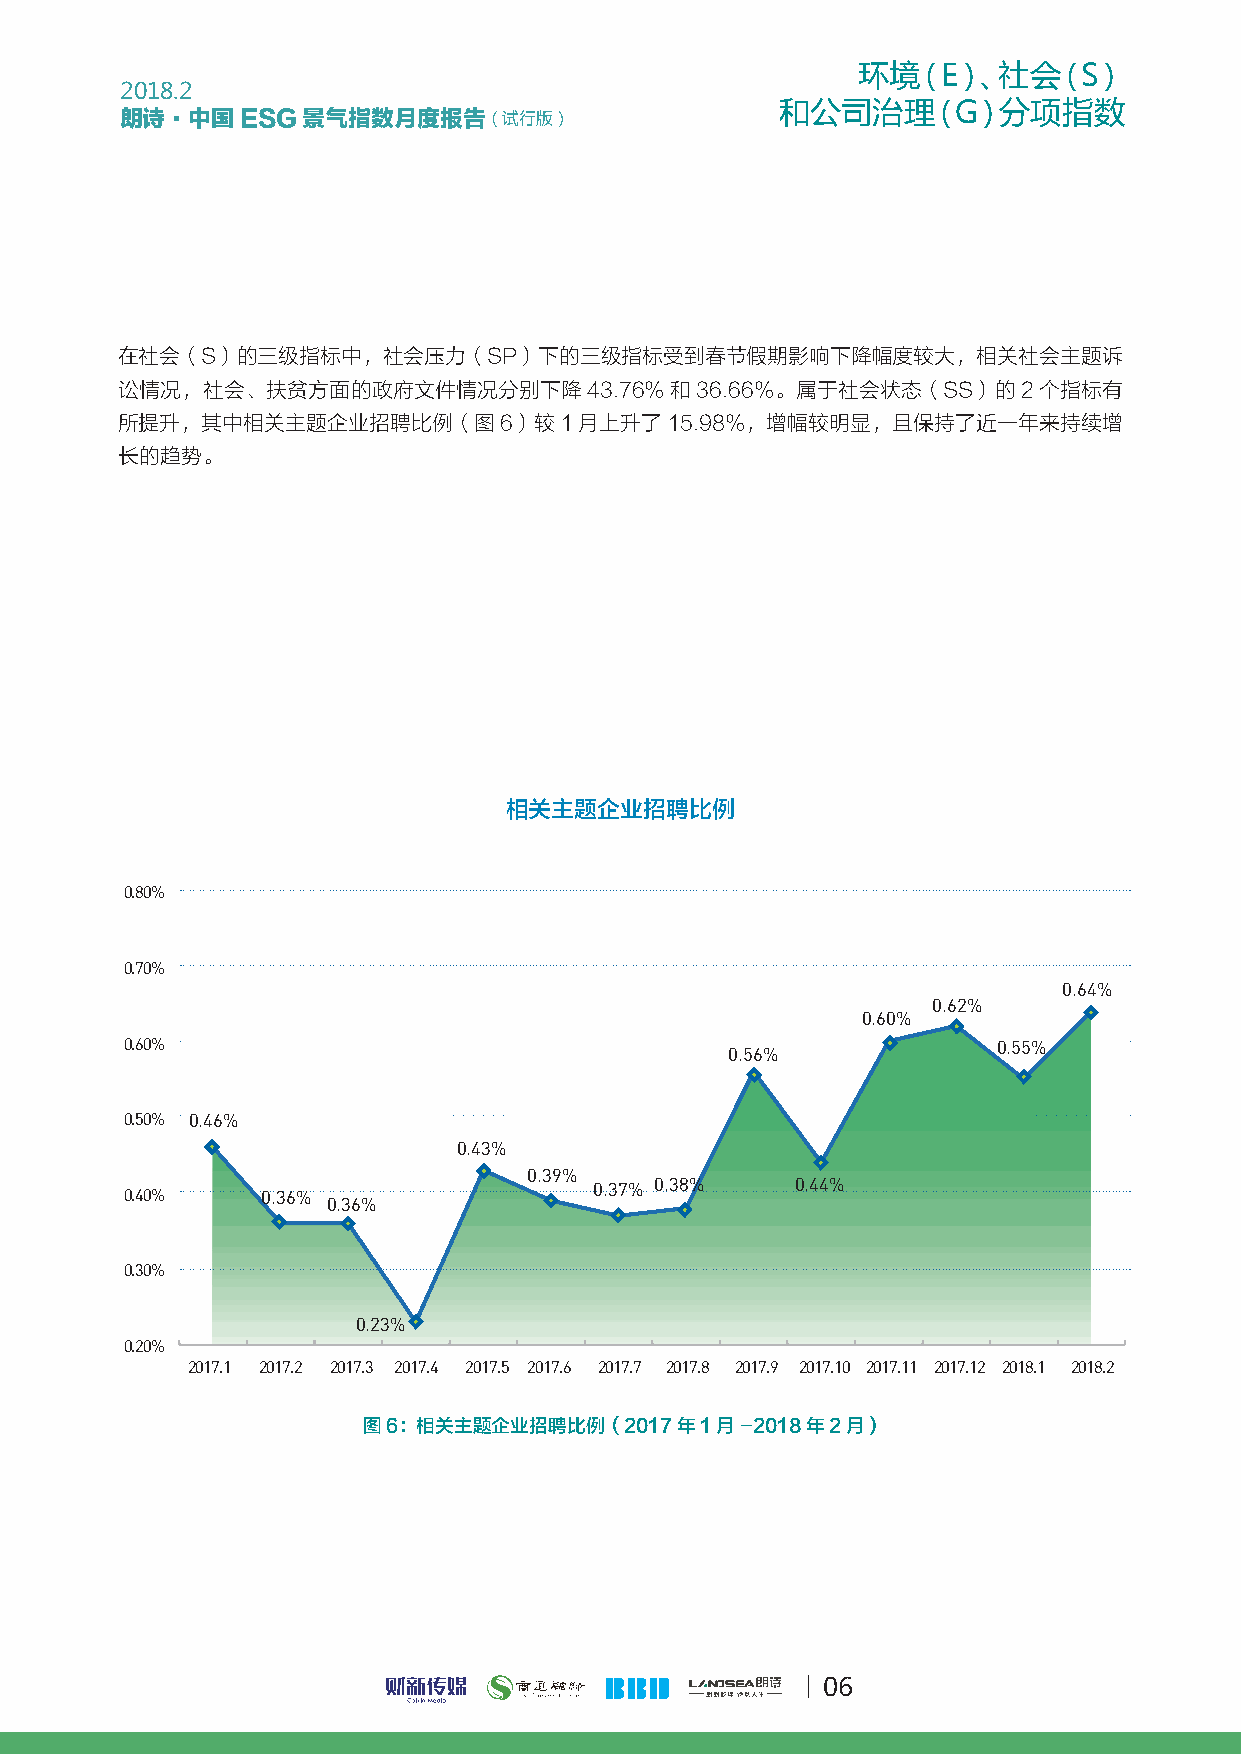
环境（E）、社会（S）
 2018.2
 和公司治理（G）分项指数
 朗诗·中国ESG景气指数月度报告（试行版）
 在社会（S）的三级指标中，社会压力（SP）下的三级指标受到春节假期影响下降幅度较大，相关社会主题诉
 讼情况，社会、扶贫方面的政府文件情况分别下降43.76%和36.66%。属于社会状态（SS）的2个指标有
 所提升，其中相关主题企业招聘比例（图6）较1月上升了15.98%，增幅较明显，且保持了近一年来持续增
 长的趋势。
 相关主题企业招聘比例
 0.80%
 0.70%
 0.64%
 0.62%
 0.60%
 0.60%                                                     0.55%
 0.56%
 0.50% 0.46%
 0.43%
 0.39%
 0.40%    0.36%                 0.37% 0.38%   0.44%
 0.36%
 0.30%
 0.23%
 0.20%
 2017.1 2017.2 2017.3 2017.4 2017.5 2017.6 2017.7 2017.8 2017.9 2017.10 2017.11 2017.12 2018.1 2018.2
 图6：相关主题企业招聘比例（2017年1月-2018年2月）
 06